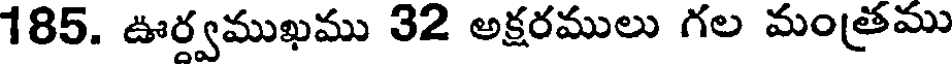
185. ఊర్వముఖము 32 అక్షరములు గల మంత్రము